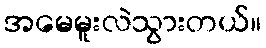
အမေမူးလဲသွားတယ်။